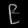
Digit: ၉